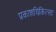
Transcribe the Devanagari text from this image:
प्रकाशचिकित्सा